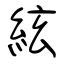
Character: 絃